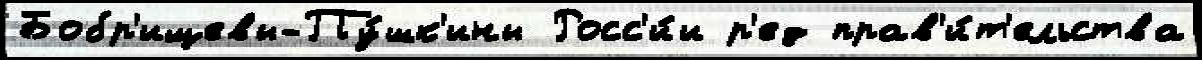
Бобр'ищевы-Пу́шк'ины Росс'и́и р'ед прав'и́т'ельства